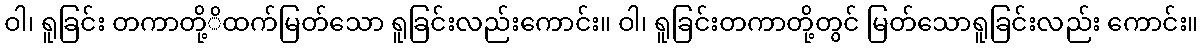
ဝါ၊ ရူခြင်း တကာတို့ိထက်မြတ်သော ရူခြင်းလည်းကောင်း။ ဝါ၊ ရူခြင်းတကာတို့တွင် မြတ်သောရူခြင်းလည်း ကောင်း။